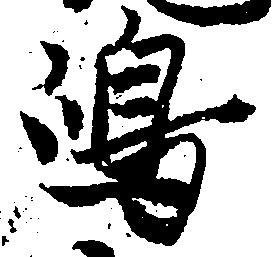
嶋